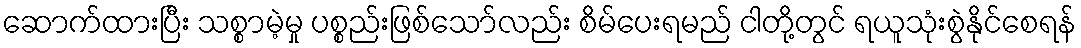
ဆောက်ထားပြီး သစ္စာမဲ့မှု ပစ္စည်းဖြစ်သော်လည်း စိမ်ပေးရမည် ငါတို့တွင် ရယူသုံးစွဲနိုင်စေရန်